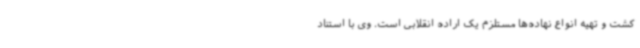
کشت و تهیه انواع نهاده‌ها مستلزم یک اراده انقلابی است. وی با استناد